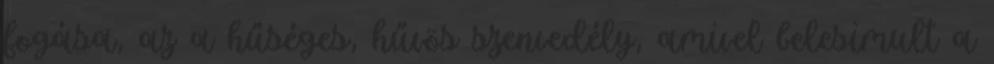
fogása, az a hűséges, hűvös szenvedély, amivel belesimult a